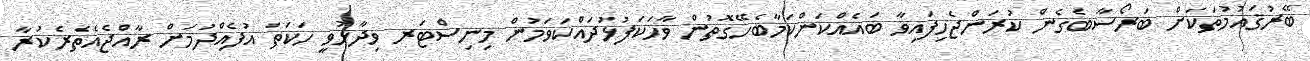
ބޭރުޤައުމުތަކަށް ބަރޯސާބެގެން ކުރަންޖެހިފައިވާ ބައެއްކަންކަމާބެހޭގޮތުން ވާހަކަފުޅުދައްކަވަމުން މިނިސްޓަރ ވިދާޅުވީ ހަކަތަ އުފެއްދުމަށް ރާއްޖެއެތެރެކުރާ